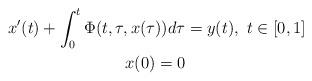
LaTeX: \begin{align*}x^{\prime}(t)+\int_{0}^{t}\Phi(t,\tau,x(\tau))d\tau & =y(t),\ t\in\lbrack0,1]\\x(0)=0 &\end{align*}